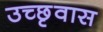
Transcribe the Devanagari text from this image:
उच्छृवास